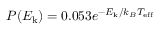
P ( E _ { \mathrm { k } } ) = 0 . 0 5 3 e ^ { - E _ { \mathrm { k } } / k _ { B } T _ { \mathrm { e f f } } }